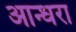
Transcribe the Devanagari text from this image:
आन्धरा